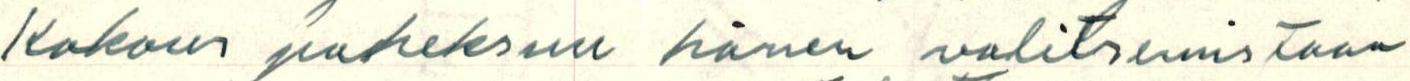
Kokous paheksuu hänen valitsemistaan